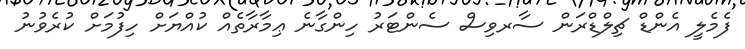
ފެމެލީ އެންޑް ޗިލްޑްރަން ސާރވިސް ސެންޓަރު ހިންގާނެ ޢިމާރާތެއް ކުއްޔަށް ހިފުމަށް ކުރެވުނު